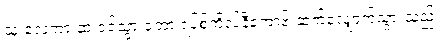
သူ လှေကားထဲ ဝင်သွားတော့ ရပ်စ်ကိုလ်နီကော့ဗ် ဆက်လျှောက်သွားသည်။